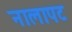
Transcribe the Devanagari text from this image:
नालापट